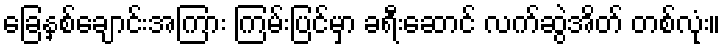
ခြေနှစ်ချောင်းအကြား ကြမ်းပြင်မှာ ခရီးဆောင် လက်ဆွဲအိတ် တစ်လုံး။